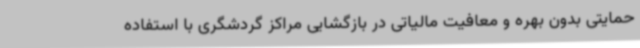
حمایتی بدون بهره و معافیت مالیاتی در بازگشایی مراکز گردشگری با استفاده